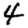
Digit: 4